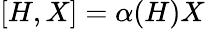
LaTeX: [H,X]=\alpha(H)X